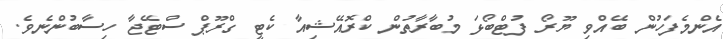
އެންމެފަހުން ބޭއްވި ޔޫރޯ ފުޓްބޯޅަ މުބާރާތުން ކްރޮއޭޝިއާ ކެޓީ ގްރޫޕް ސްޓޭޖާ ހިސާބުންނެވެ.